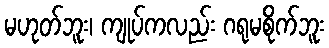
မဟုတ်ဘူး၊ ကျုပ်ကလည်း ဂရုမစိုက်ဘူး